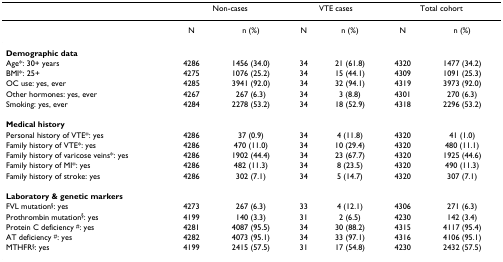
<table><thead><tr><td></td><td colspan="2"><b>Non-cases</b></td><td colspan="2"><b>VTE cases</b></td><td colspan="2"><b>Total cohort</b></td></tr></thead><tbody><tr><td></td><td>N</td><td>n (%)</td><td>N</td><td>n (%)</td><td>N</td><td>n (%)</td></tr><tr><td><b>Demographic data</b></td><td></td><td></td><td></td><td></td><td></td><td></td></tr><tr><td>Age*: 30+ years</td><td>4286</td><td>1456 (34.0)</td><td>34</td><td>21 (61.8)</td><td>4320</td><td>1477 (34.2)</td></tr><tr><td>BMI*: 25+</td><td>4275</td><td>1076 (25.2)</td><td>34</td><td>15 (44.1)</td><td>4309</td><td>1091 (25.3)</td></tr><tr><td>OC use: yes, ever</td><td>4285</td><td>3941 (92.0)</td><td>34</td><td>32 (94.1)</td><td>4319</td><td>3973 (92.0)</td></tr><tr><td>Other hormones: yes, ever</td><td>4267</td><td>267 (6.3)</td><td>34</td><td>3 (8.8)</td><td>4301</td><td>270 (6.3)</td></tr><tr><td>Smoking: yes, ever</td><td>4284</td><td>2278 (53.2)</td><td>34</td><td>18 (52.9)</td><td>4318</td><td>2296 (53.2)</td></tr><tr><td><b>Medical history</b></td><td></td><td></td><td></td><td></td><td></td><td></td></tr><tr><td>Personal history of VTE*: yes</td><td>4286</td><td>37 (0.9)</td><td>34</td><td>4 (11.8)</td><td>4320</td><td>41 (1.0)</td></tr><tr><td>Family history of VTE*: yes</td><td>4286</td><td>470 (11.0)</td><td>34</td><td>10 (29.4)</td><td>4320</td><td>480 (11.1)</td></tr><tr><td>Family history of varicose veins*: yes</td><td>4286</td><td>1902 (44.4)</td><td>34</td><td>23 (67.7)</td><td>4320</td><td>1925 (44.6)</td></tr><tr><td>Family history of MI*: yes</td><td>4286</td><td>482 (11.3)</td><td>34</td><td>8 (23.5)</td><td>4320</td><td>490 (11.3)</td></tr><tr><td>Family history of stroke: yes</td><td>4286</td><td>302 (7.1)</td><td>34</td><td>5 (14.7)</td><td>4320</td><td>307 (7.1)</td></tr><tr><td><b>Laboratory &amp; genetic markers</b></td><td></td><td></td><td></td><td></td><td></td><td></td></tr><tr><td>FVL mutation<sup>§</sup>: yes</td><td>4273</td><td>267 (6.3)</td><td>33</td><td>4 (12.1)</td><td>4306</td><td>271 (6.3)</td></tr><tr><td>Prothrombin mutation<sup>§</sup>: yes</td><td>4199</td><td>140 (3.3)</td><td>31</td><td>2 (6.5)</td><td>4230</td><td>142 (3.4)</td></tr><tr><td>Protein C deficiency <sup>#</sup>: yes</td><td>4281</td><td>4087 (95.5)</td><td>34</td><td>30 (88.2)</td><td>4315</td><td>4117 (95.4)</td></tr><tr><td>AT deficiency <sup>#</sup>: yes</td><td>4282</td><td>4073 (95.1)</td><td>34</td><td>33 (97.1)</td><td>4316</td><td>4106 (95.1)</td></tr><tr><td>MTHFR<sup>§</sup>: yes</td><td>4199</td><td>2415 (57.5)</td><td>31</td><td>17 (54.8)</td><td>4230</td><td>2432 (57.5)</td></tr></tbody></table>